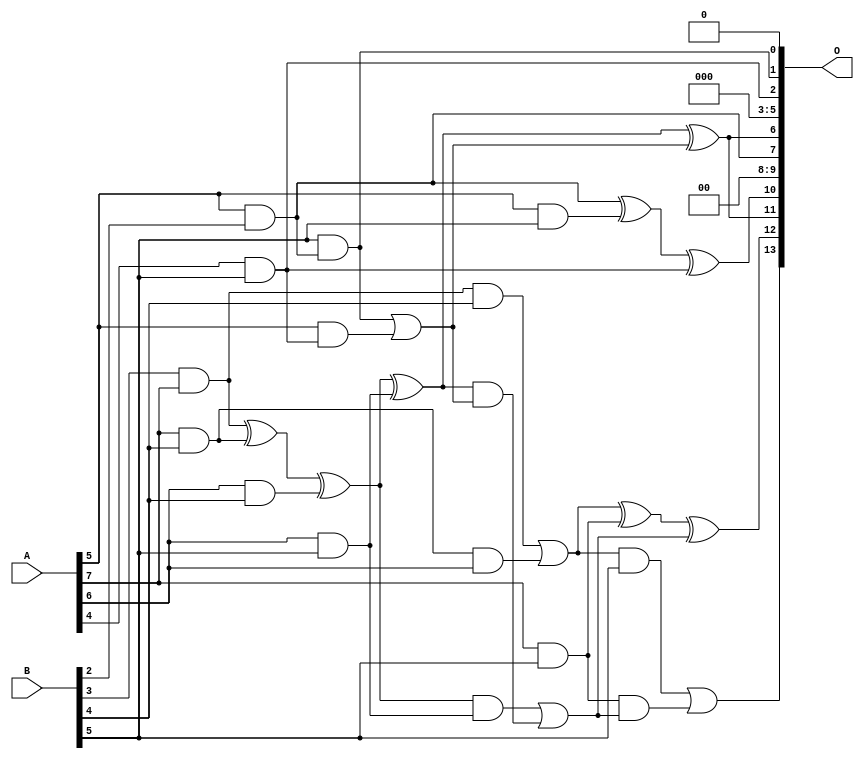
// This program was cloned from: https://github.com/ehw-fit/evoapproxlib
// License: MIT License

/***
* This code is a part of EvoApproxLib library (ehw.fit.vutbr.cz/approxlib) distributed under The MIT License.
* When used, please cite the following article(s): V. Mrazek, L. Sekanina, Z. Vasicek "Libraries of Approximate Circuits: Automated Design and Application in CNN Accelerators" IEEE Journal on Emerging and Selected Topics in Circuits and Systems, Vol 10, No 4, 2020 
* This file contains a circuit from a sub-set of pareto optimal circuits with respect to the pwr and wce parameters
***/
// MAE% = 2.90 %
// MAE = 476 
// WCE% = 11.38 %
// WCE = 1865 
// WCRE% = 800.00 %
// EP% = 97.96 %
// MRE% = 35.91 %
// MSE = 353184 
// PDK45_PWR = 0.025 mW
// PDK45_AREA = 87.3 um2
// PDK45_DELAY = 0.45 ns

module mul8x6u_0MH (
    A,
    B,
    O
);

input [7:0] A;
input [5:0] B;
output [13:0] O;

wire sig_71,sig_150,sig_160,sig_161,sig_194,sig_195,sig_196,sig_197,sig_198,sig_203,sig_204,sig_205,sig_206,sig_225,sig_229,sig_231,sig_232,sig_233,sig_234,sig_235;
wire sig_236,sig_237,sig_238,sig_239,sig_240,sig_241,sig_242,sig_243;

assign sig_71 = A[5] & B[2];
assign sig_150 = B[3] & A[7];
assign sig_160 = A[6] & B[4];
assign sig_161 = A[7] & B[4];
assign sig_194 = sig_150 ^ sig_161;
assign sig_195 = sig_150 & B[4];
assign sig_196 = sig_161 & A[6];
assign sig_197 = sig_194 ^ sig_160;
assign sig_198 = sig_195 | sig_196;
assign sig_203 = A[4] & B[5];
assign sig_204 = A[5] & B[5];
assign sig_205 = A[6] & B[5];
assign sig_206 = A[7] & B[5];
assign sig_225 = B[5] & sig_71;
assign sig_229 = sig_71 ^ sig_204;
assign sig_231 = A[5] & sig_203;
assign sig_232 = sig_229 ^ sig_203;
assign sig_233 = sig_225 | sig_231;
assign sig_234 = sig_197 ^ sig_205;
assign sig_235 = sig_197 & sig_205;
assign sig_236 = sig_234 & sig_233;
assign sig_237 = sig_234 ^ sig_233;
assign sig_238 = sig_235 | sig_236;
assign sig_239 = sig_198 ^ sig_206;
assign sig_240 = sig_198 & B[5];
assign sig_241 = sig_206 & sig_238;
assign sig_242 = sig_239 ^ sig_238;
assign sig_243 = sig_240 | sig_241;

assign O[13] = sig_243;
assign O[12] = sig_242;
assign O[11] = sig_237;
assign O[10] = sig_232;
assign O[9] = 1'b0;
assign O[8] = 1'b0;
assign O[7] = sig_71;
assign O[6] = sig_237;
assign O[5] = 1'b0;
assign O[4] = 1'b0;
assign O[3] = 1'b0;
assign O[2] = sig_203;
assign O[1] = sig_225;
assign O[0] = 1'b0;

endmodule